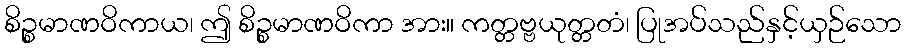
စိဉ္စမာဏဝိကာယ၊ ဤ စိဉ္စမာဏဝိကာ အား။ ကတ္တဗ္ဗယုတ္တတံ၊ ပြုအပ်သည်နှင့်ယှဉ်သော